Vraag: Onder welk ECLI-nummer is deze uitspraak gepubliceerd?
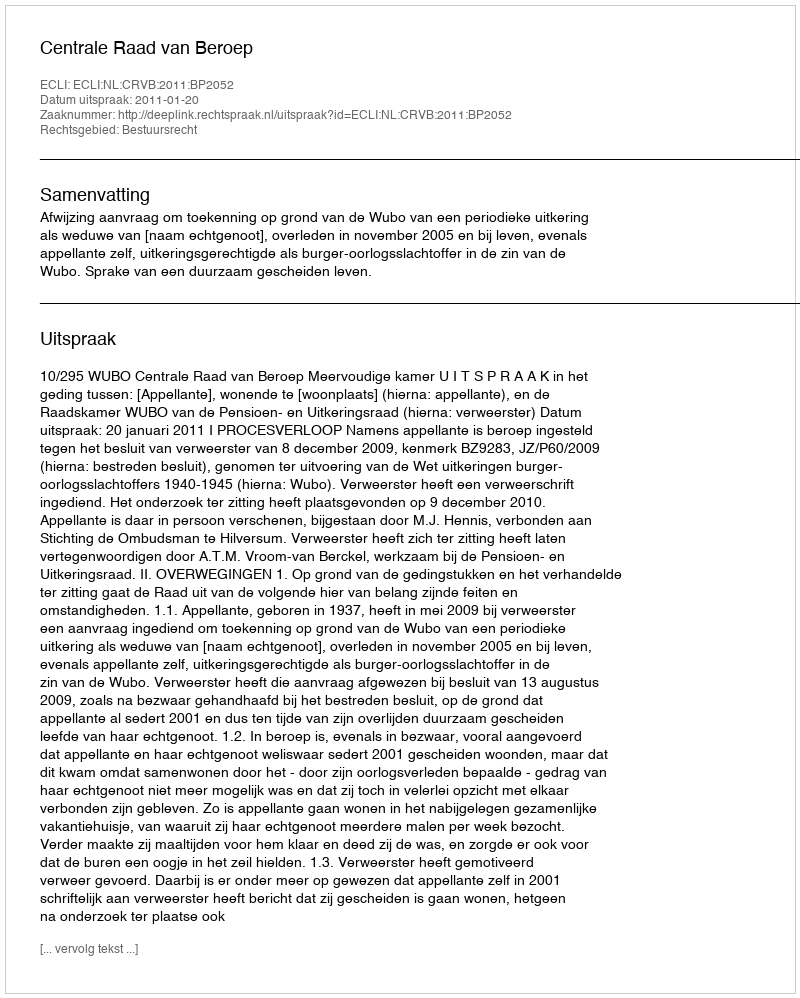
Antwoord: ECLI:NL:CRVB:2011:BP2052